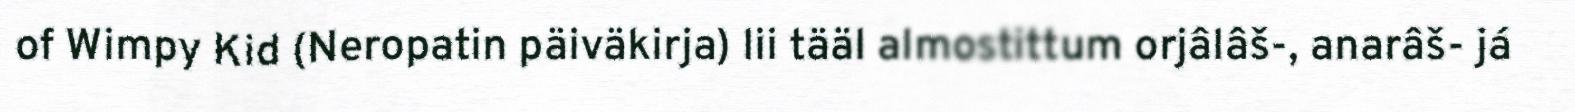
of Wimpy Kid (Neropatin päiväkirja) lii tääl almostittum orjâlâš-, anarâš- já